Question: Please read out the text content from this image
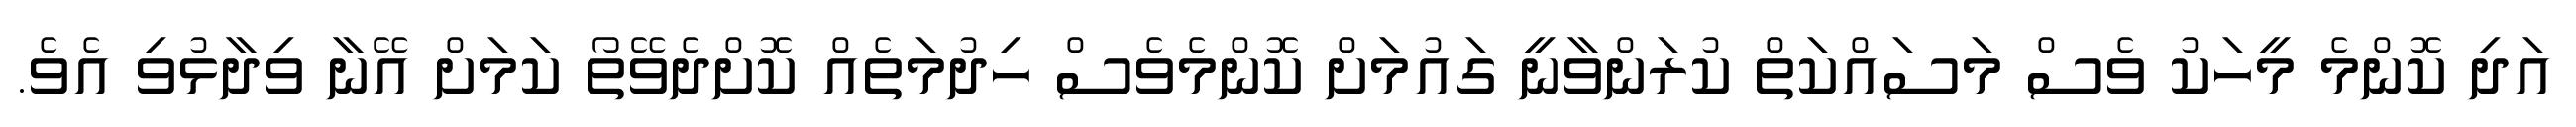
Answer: އަދި ކޮންމެ މީހަކު ވެސް މަސައްކަތް ކުރަންވާނީ ގައުމަށް ކޮންމެވެސް ހިދުމަތެއް ކޮށްދެވޭތޯ ކަމަށް އޭނާ ވިދާޅުވި އެވެ.